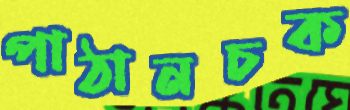
পাঠানচক